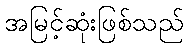
အမြင့်ဆုံးဖြစ်သည်